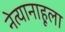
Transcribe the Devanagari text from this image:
नेत्यानाहूला